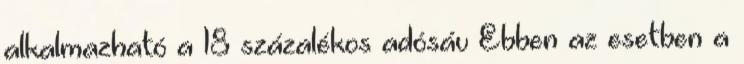
alkalmazható a 18 százalékos adósáv Ebben az esetben a